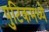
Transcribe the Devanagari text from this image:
पुटिकमध्ये